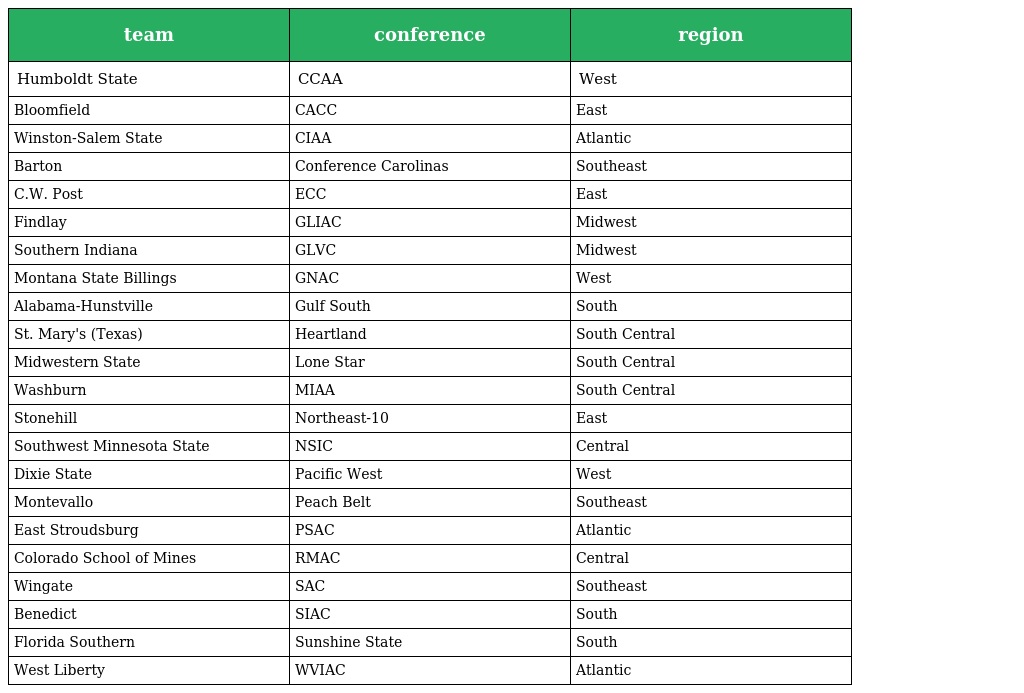
| team | conference | region |
 | --- | --- | --- |
 | Humboldt State | CCAA | West |
 | Bloomfield | CACC | East |
 | Winston-Salem State | CIAA | Atlantic |
 | Barton | Conference Carolinas | Southeast |
 | C.W. Post | ECC | East |
 | Findlay | GLIAC | Midwest |
 | Southern Indiana | GLVC | Midwest |
 | Montana State Billings | GNAC | West |
 | Alabama-Hunstville | Gulf South | South |
 | St. Mary's (Texas) | Heartland | South Central |
 | Midwestern State | Lone Star | South Central |
 | Washburn | MIAA | South Central |
 | Stonehill | Northeast-10 | East |
 | Southwest Minnesota State | NSIC | Central |
 | Dixie State | Pacific West | West |
 | Montevallo | Peach Belt | Southeast |
 | East Stroudsburg | PSAC | Atlantic |
 | Colorado School of Mines | RMAC | Central |
 | Wingate | SAC | Southeast |
 | Benedict | SIAC | South |
 | Florida Southern | Sunshine State | South |
 | West Liberty | WVIAC | Atlantic |